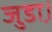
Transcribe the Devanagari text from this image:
जुडा़।